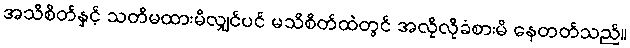
အသိစိတ်နှင့် သတိမထားမိလျှင်ပင် မသိစိတ်ထဲတွင် အလိုလိုခံစားမိ နေတတ်သည်။